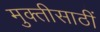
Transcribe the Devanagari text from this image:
मुक्तीसाठीं